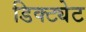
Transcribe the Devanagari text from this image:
डिक्ट्येट